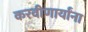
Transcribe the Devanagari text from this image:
करवीणार्यांना